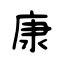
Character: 康